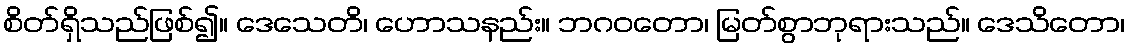
စိတ်ရှိသည်ဖြစ်၍။ ဒေသေတိ၊ ဟောသနည်း။ ဘဂဝတော၊ မြတ်စွာဘုရားသည်။ ဒေသိတော၊